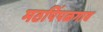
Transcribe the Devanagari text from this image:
मठपिंपळगाव